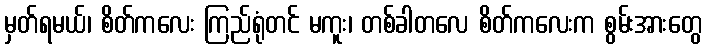
မှတ်ရမယ်၊ စိတ်ကလေး ကြည်ရုံတင် မကူး၊ တစ်ခါတလေ စိတ်ကလေးက စွမ်းအားတွေ